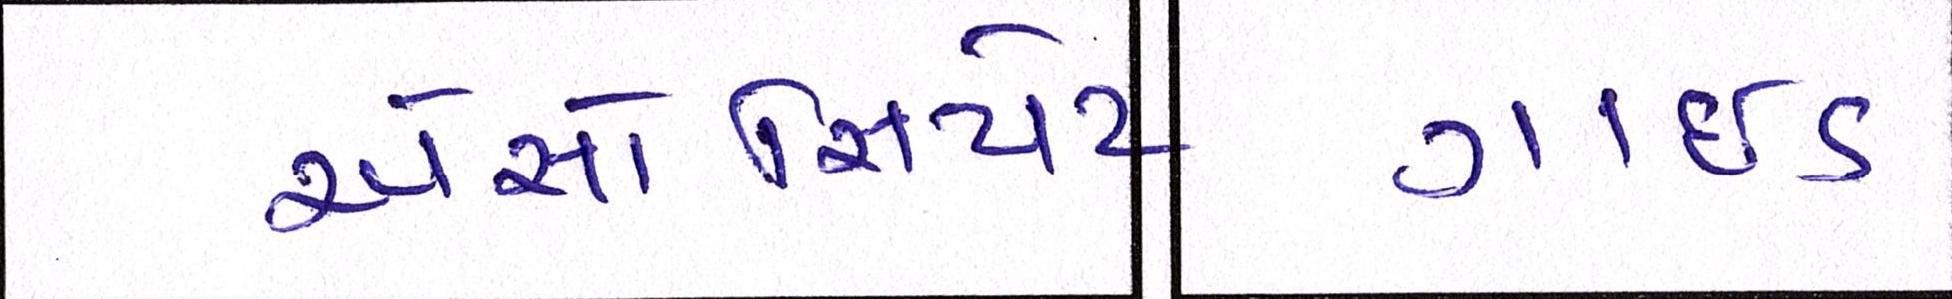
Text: ગાઇડ